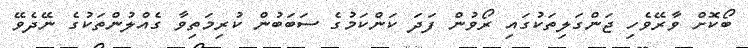
ބޯކޮށް ވާރޭވެހި ޖަންގަލިތަކުގައި ރޯވުން ފަދަ ކަންކަމުގެ ސަބަބުން ކުރިމަތިވާ ގެއްލުންތަކުގެ ނޭދެވޭ